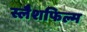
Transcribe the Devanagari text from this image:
स्लैशफिल्म